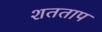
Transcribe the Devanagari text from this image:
शतताप